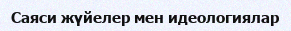
Саяси жүйелер мен идеологиялар